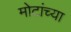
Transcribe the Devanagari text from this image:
मोटांच्या